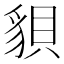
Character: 𧳒